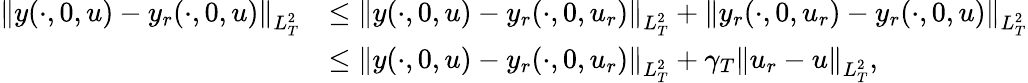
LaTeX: \begin{array}{rl}{\left\| y(\cdot,0,u)-y_{r}(\cdot,0,u)\right\| _{L_{T}^{2}}}&{\leq\left\| y(\cdot,0,u)-y_{r}(\cdot,0,u_{r})\right\| _{L_{T}^{2}}+\left\| y_{r}(\cdot,0,u_{r})-y_{r}(\cdot,0,u)\right\| _{L_{T}^{2}}}\\ &{\leq\left\| y(\cdot,0,u)-y_{r}(\cdot,0,u_{r})\right\| _{L_{T}^{2}}+\gamma_{T}\left\| u_{r}-u\right\| _{L_{T}^{2}},}\end{array}